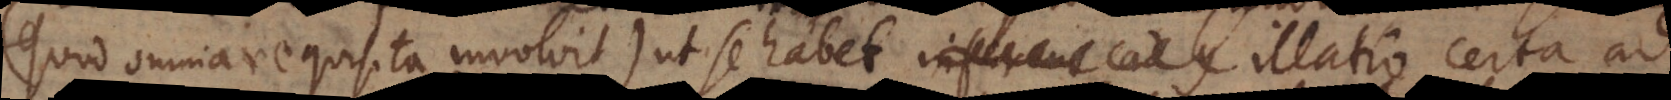
(quod omnia requisita involvit), ut se habet inferens ad con illatio certa ad